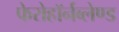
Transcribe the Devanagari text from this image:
फेरोहॉर्नब्लेण्ड